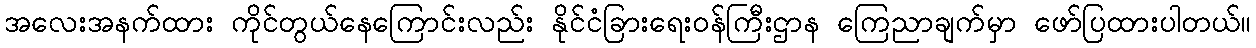
အလေးအနက်ထား ကိုင်တွယ်နေကြောင်းလည်း နိုင်ငံခြားရေးဝန်ကြီးဌာန ကြေညာချက်မှာ ဖော်ပြထားပါတယ်။